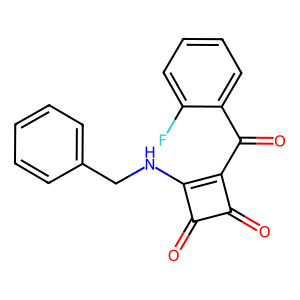
SMILES: O=C(c1ccccc1F)c1c(NCc2ccccc2)c(=O)c1=O
Inhibits HIV replication: Yes